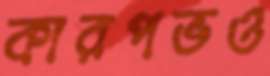
কারপভও